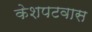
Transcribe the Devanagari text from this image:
केशपटवास